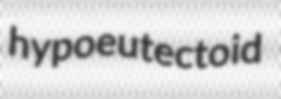
hypoeutectoid